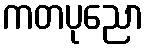
ကတပုညော